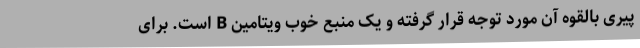
پیری بالقوه آن مورد توجه قرار گرفته و یک منبع خوب ویتامین B است. برای